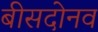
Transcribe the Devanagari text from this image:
बीसदोनव